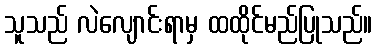
သူသည် လဲလျောင်းရာမှ ထထိုင်မည်ပြုသည်။